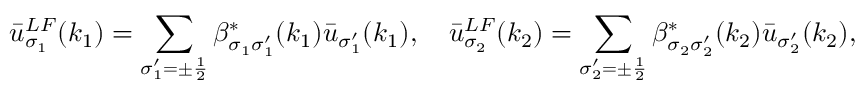
\bar { u } _ { \sigma _ { 1 } } ^ { L F } ( k _ { 1 } ) = \sum _ { \sigma _ { 1 } ^ { \prime } = \pm \frac { 1 } { 2 } } \beta _ { \sigma _ { 1 } \sigma _ { 1 } ^ { \prime } } ^ { * } ( k _ { 1 } ) \bar { u } _ { \sigma _ { 1 } ^ { \prime } } ( k _ { 1 } ) , \quad \bar { u } _ { \sigma _ { 2 } } ^ { L F } ( k _ { 2 } ) = \sum _ { \sigma _ { 2 } ^ { \prime } = \pm \frac { 1 } { 2 } } \beta _ { \sigma _ { 2 } \sigma _ { 2 } ^ { \prime } } ^ { * } ( k _ { 2 } ) \bar { u } _ { \sigma _ { 2 } ^ { \prime } } ( k _ { 2 } ) ,